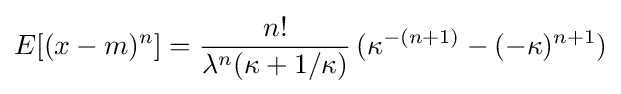
E[(x-m)^{n}]={\frac {n!}{\lambda ^{n}(\kappa +1/\kappa )}}\,(\kappa ^{-(n+1)}-(-\kappa )^{n+1})